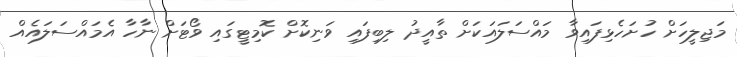
މަޖިލީހަށް ހުށަހެޅިފައިވާ މައްސަލައަކަށް ތާއީދު ލިބިފައި ވަނިކޮށް ކޮމިޓީގައި ވޯޓަށް ނާހާ އެމައްސަލައެއް